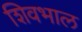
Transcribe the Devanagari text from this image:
शिवभाल